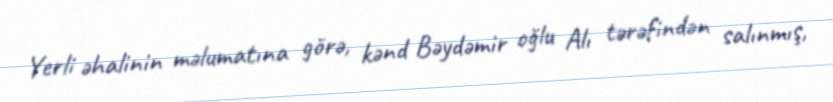
Yerli əhalinin məlumatına görə, kənd Bəydəmir oğlu Alı tərəfindən salınmış,